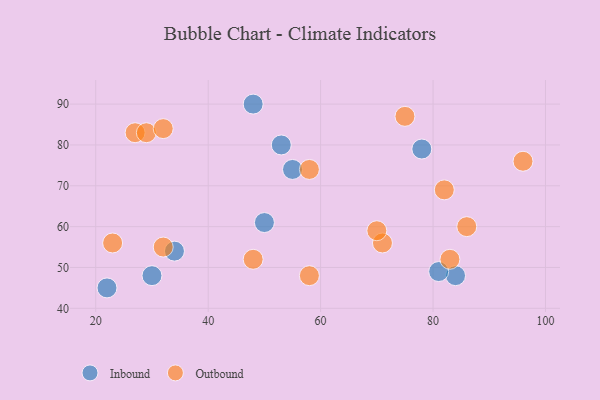
{"axis": {"x": "GDP", "y": "Life Expectancy"}, "legend": ["Inbound", "Outbound"], "data": [{"x": "84", "y": 48, "type": "Inbound"}, {"x": "55", "y": 74, "type": "Inbound"}, {"x": "81", "y": 49, "type": "Inbound"}, {"x": "22", "y": 45, "type": "Inbound"}, {"x": "50", "y": 61, "type": "Inbound"}, {"x": "53", "y": 80, "type": "Inbound"}, {"x": "34", "y": 54, "type": "Inbound"}, {"x": "48", "y": 90, "type": "Inbound"}, {"x": "30", "y": 48, "type": "Inbound"}, {"x": "78", "y": 79, "type": "Inbound"}, {"x": "75", "y": 87, "type": "Outbound"}, {"x": "58", "y": 74, "type": "Outbound"}, {"x": "27", "y": 83, "type": "Outbound"}, {"x": "29", "y": 83, "type": "Outbound"}, {"x": "96", "y": 76, "type": "Outbound"}, {"x": "83", "y": 52, "type": "Outbound"}, {"x": "32", "y": 55, "type": "Outbound"}, {"x": "71", "y": 56, "type": "Outbound"}, {"x": "70", "y": 59, "type": "Outbound"}, {"x": "58", "y": 48, "type": "Outbound"}, {"x": "86", "y": 60, "type": "Outbound"}, {"x": "23", "y": 56, "type": "Outbound"}, {"x": "48", "y": 52, "type": "Outbound"}, {"x": "82", "y": 69, "type": "Outbound"}, {"x": "32", "y": 84, "type": "Outbound"}]}